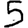
Digit: 5